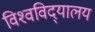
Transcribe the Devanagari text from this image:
विश्‍वविद्‍यालय